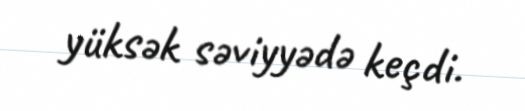
yüksək səviyyədə keçdi.